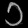
Digit: ၁